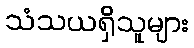
သံသယရှိသူများ